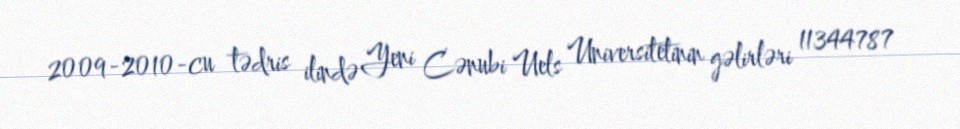
2009-2010-cu tədris ilində Yeni Cənubi Uels Universitetinin gəlirləri 11344787